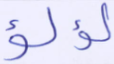
لؤلؤ